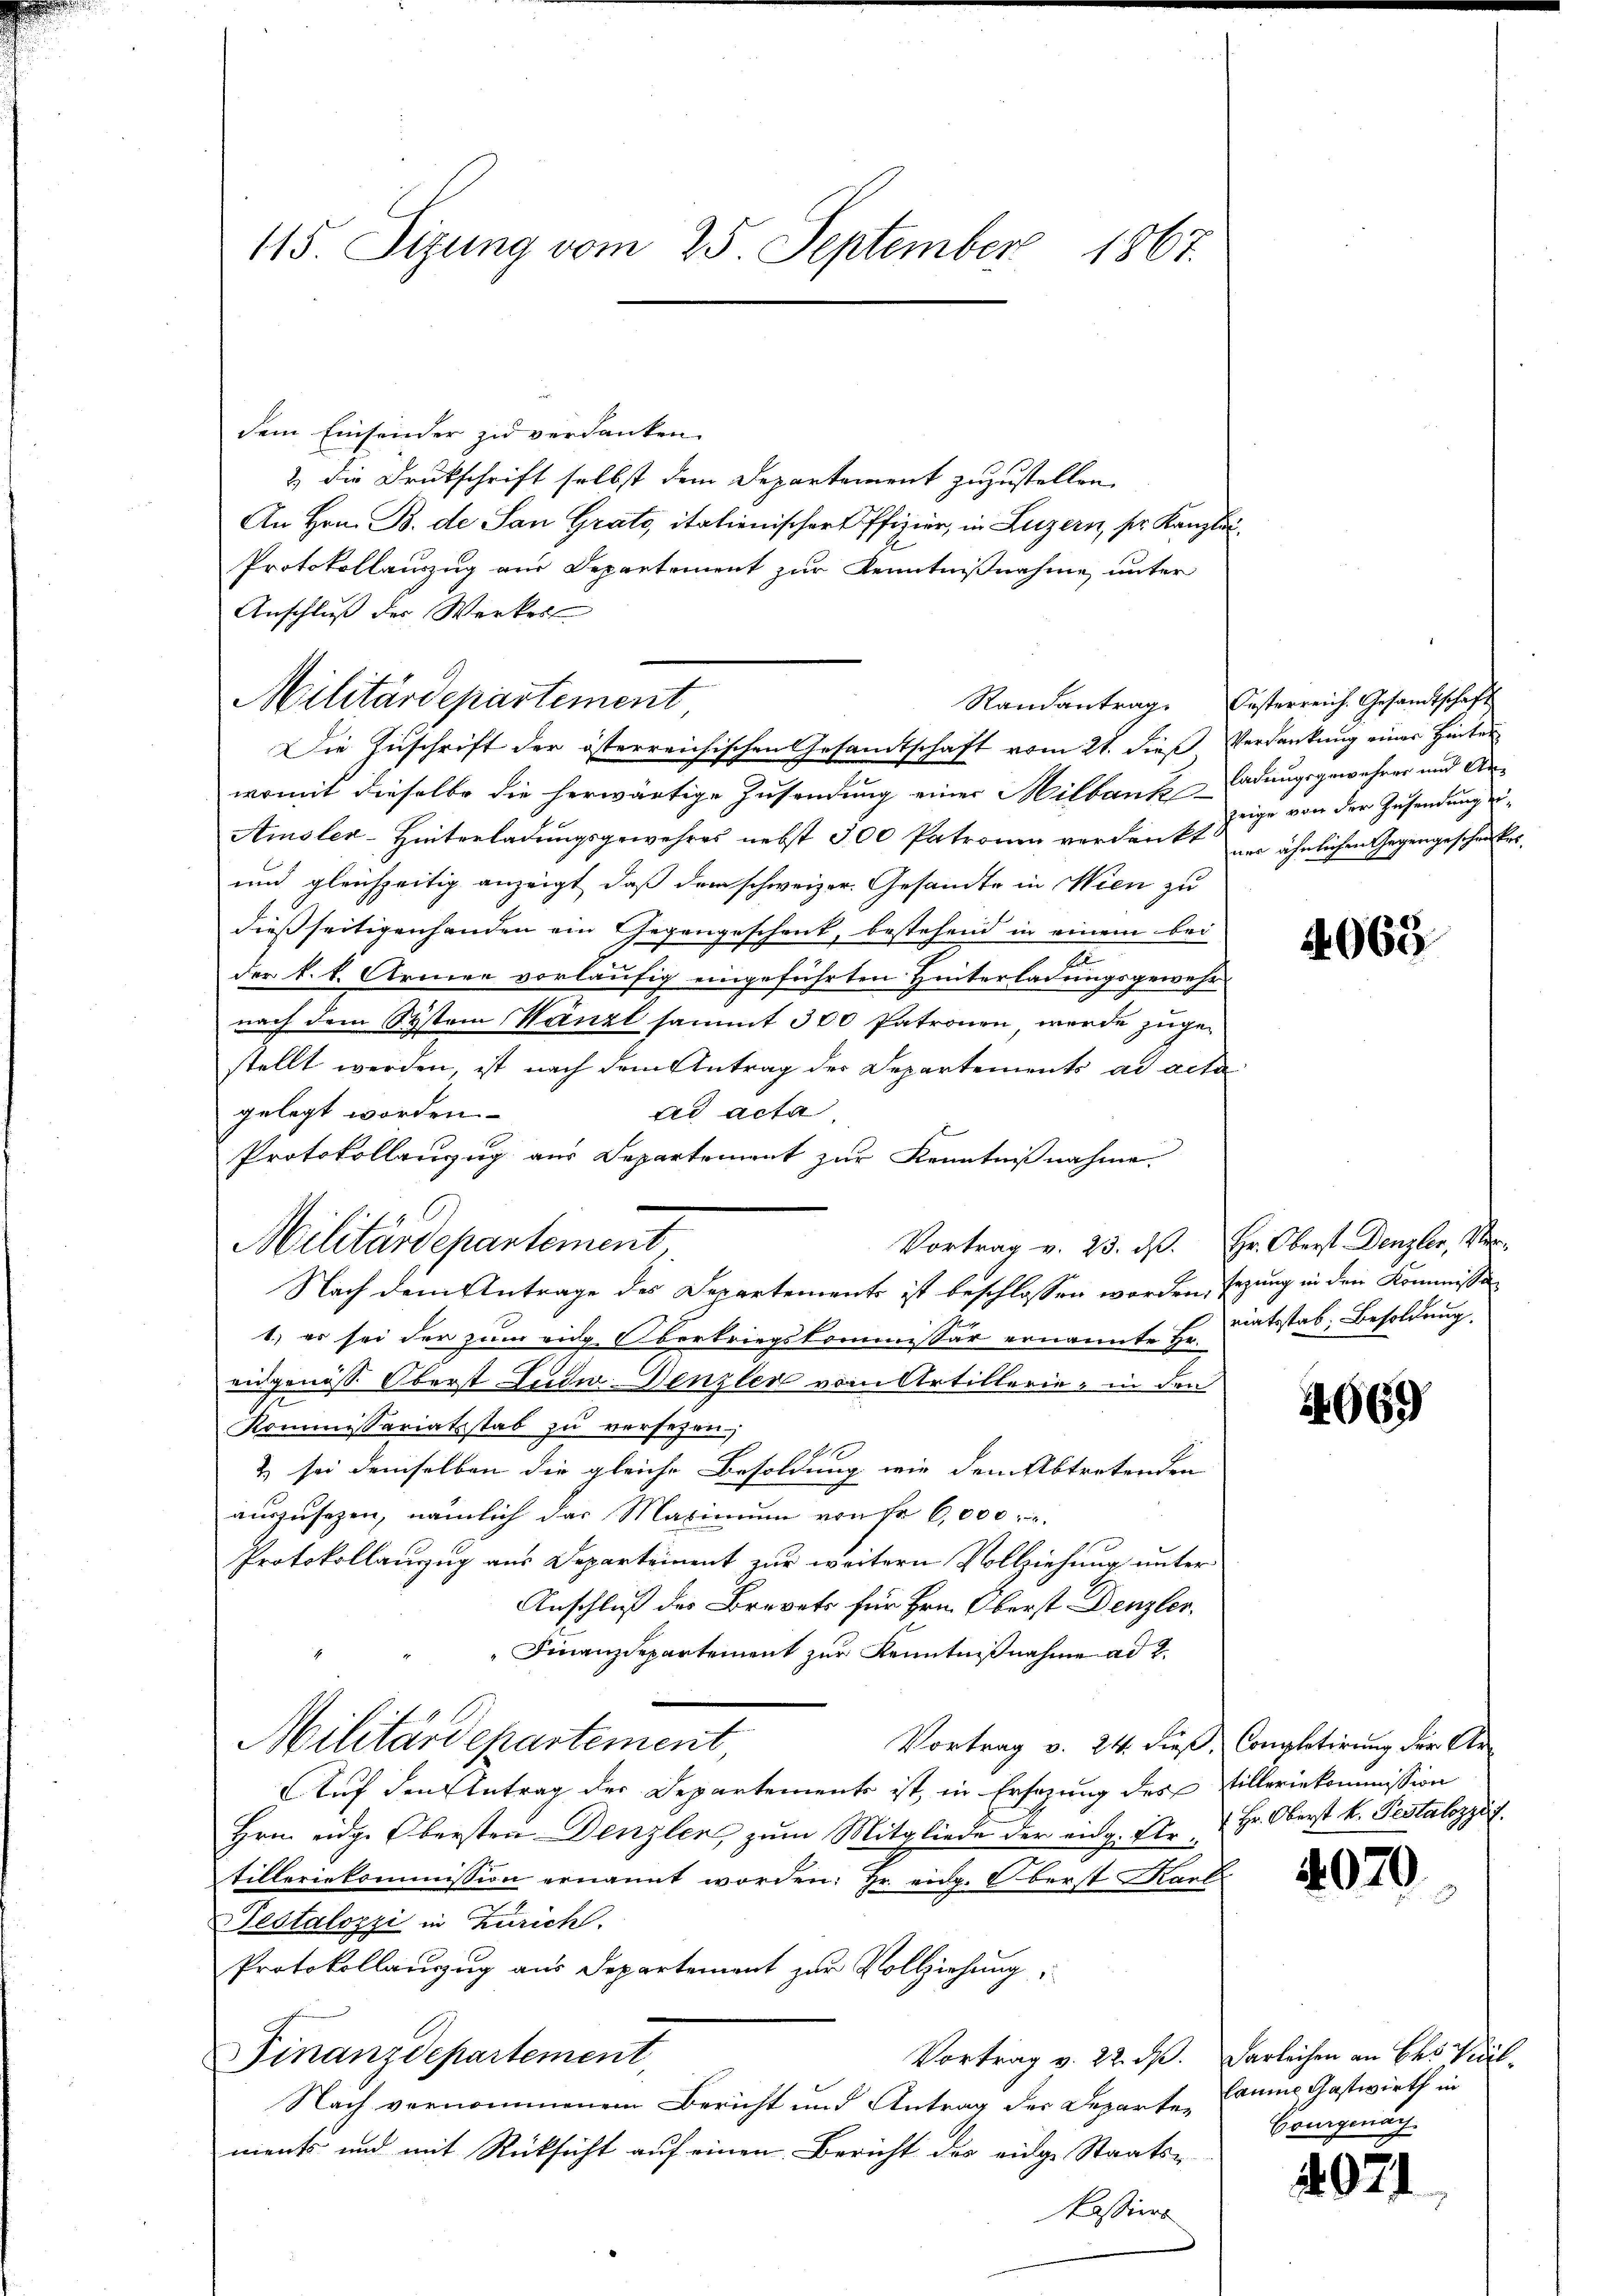
115. Sizung vom 25 September 1867.

dem Einsender zu verdanken.
2) Die Drukschrift selbst dem Departement zuzustellen.
An Hrn. B. de San Grato, italienischer Pfizier, in Luzern, ser Kanzlei¬
Protokollauszug aus Departement zur Kenntnißnahme unter
Anschluß der Werkes
Militärdepartement
Die Zuschrift der österreichischen Gesandtschaft vom 21. dieß Verdankung eines Hinter
womit dieselbe die herwärtige Zusendung einer Milbankladungsgewehrer und An¬
Amsler-Hinterladungsgewahres nebst 300 Patronen verdankt zu ähnlichen Gegengeschenker
und gleichzeitig anzeigt, daß dem schweizer. Gesandte in Wien zu
dießseitigenhanden ein Gegengeschenk, bestehend in einem bei
der k. k. Armee vorläufig eingeführten Hinterladungsgewehr
nach dem System Wänzt sammt 300 Patronen, werde zugestellt werden, ist nach dem Antrag des Departements ad acta
ad acta
gelegt worden.
Protokollenzug aus Separtement zur Kenntnißnahme.
Militärdepartement,
Nach dem Antrage des Departements ist beschlossen worden, sezung in den Kommissi
1.) es sei der zum eidg Obertriegskommissär ernannte Hr.
eidgenöss Oberst Ende Denzler vom Artillerie, in den
Kommissariatsstab zu versezen,
& sei demselben die gleiche Besoldung wie dem Abtretenden
auszusezen, nämlich das Maximum von Fr. 6,000
Protokollauzug aus Departement zur weitern Vollziehung unter
Anschluß des Brevets für Hrn. Oberst Denzler,
Finanzdepartement zur Kenntnißnahme ad 2.
Militärdepartement,
Vortrag v. 24. dieß, Completirung der Ar-
Auf den Antrag der Departements ist, in Ersezung des Villeriekommission
Hrn. eidge Obersten Denzler, zum Mitgliede der eidg. Er, u. Hr. Oberst k. Pestalozzif.

tilleriekommission ernannt worden: Hr. eidg. Oberst Karli
Testalozzi in Zürich.
Protokollauszug aus Departement zur Vollziehung,
Finanzdepartement,
Vortrag v. 22. ds. Darleihen an des Viel¬
Nach vernommenem Bericht und Antrag der Departen
ments und mit Rücksicht auf einen Bericht des eidge Staats¬
Passiers

Randantrag. Oesterreich. Gesandtschaft

zeige von der Zusendung ei¬

Vortrag v. 23. d. Hr. Oberst Denzler, Ver

4069.

riatsstab: Besoldung.

669

4079

laume Gastwirth in
Courgenach

4021